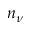
n _ { \nu }